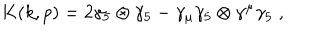
LaTeX: K ( k , p ) = 2 \gamma _ { 5 } \otimes \gamma _ { 5 } - \gamma _ { \mu } \gamma _ { 5 } \otimes \gamma ^ { \mu } \gamma _ { 5 } \; ,